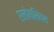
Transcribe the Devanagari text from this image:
एलोयसियस